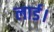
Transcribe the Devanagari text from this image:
लार्ड।